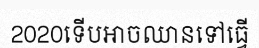
2020ទើបអាចឈានទៅធ្វើ